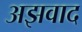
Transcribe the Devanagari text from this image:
अझवाद